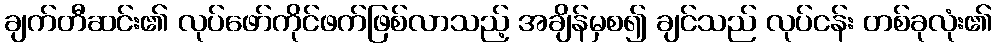
ချက်တီဆင်း၏ လုပ်ဖော်ကိုင်ဖက်ဖြစ်လာသည့် အချိန်မှစ၍ ချင်သည် လုပ်ငန်း တစ်ခုလုံး၏